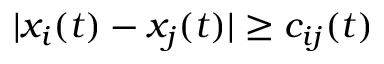
| x _ { i } ( t ) - x _ { j } ( t ) | \geq c _ { i j } ( t )